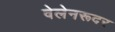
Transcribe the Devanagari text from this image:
वेलेनरूदर